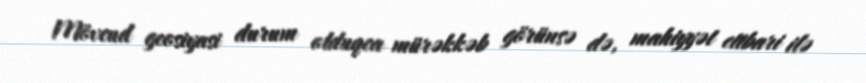
Mövcud geosiyasi durum olduqca mürəkkəb görünsə də, mahiyyət etibari ilə